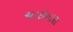
ચાઇનાસ